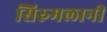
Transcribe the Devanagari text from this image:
सिरुमलानी